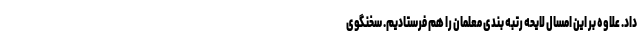
داد. علاوه بر این امسال لایحه رتبه بندی معلمان را هم فرستادیم. سخنگوی